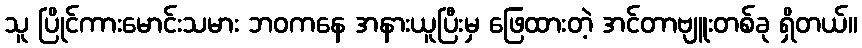
သူ ပြိုင်ကားမောင်းသမား ဘဝကနေ အနားယူပြီးမှ ဖြေထားတဲ့ အင်တာဗျူးတစ်ခု ရှိတယ်။